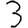
Digit: 3